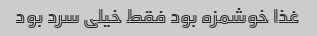
غذا خوشمزه بود فقط خیلى سرد بود